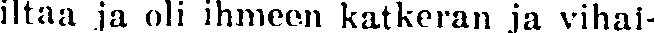
iltaa ja oli ihmeen katkeran ja vihai-